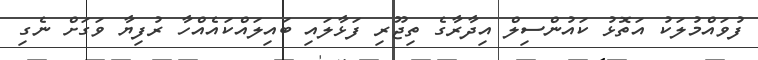
ފުވައްމުލަކު އަތޮޅު ކައުންސިލް އިދާރާގެ ތިޖޫރި ފަޅާލައި ބައިލައްކައެއްހާ ރުފިޔާ ވަގަށް ނެގި